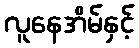
လူနေအိမ်နှင့်